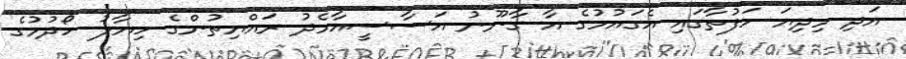
އަދި މިދިޔަ ހަފުތާގައި އެގައުމުގެ އާ ގާނޫނު އަސާސީއާމެދު ރައްޔިތުންގެ ހިޔާލު ހޯދުމުގެ